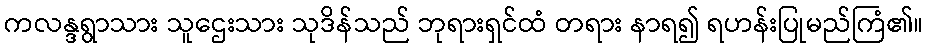
ကလန္ဒရွာသား သူဌေးသား သုဒိန်သည် ဘုရားရှင်ထံ တရား နာရ၍ ရဟန်းပြုမည်ကြံ၏။